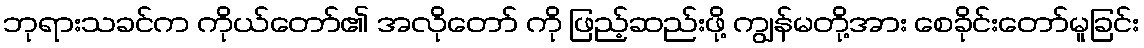
ဘုရားသခင်က ကိုယ်တော်၏ အလိုတော် ကို ဖြည့်ဆည်းဖို့ ကျွန်မတို့အား စေခိုင်းတော်မူခြင်း